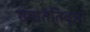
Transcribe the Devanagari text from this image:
ख्यातेतिवृत्तो